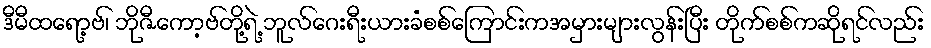
ဒီမီထရော့ဗ်၊ ဘိုဇီကော့ဗ်တို့ရဲ့ ဘူလ်ဂေးရီးယားခံစစ်ကြောင်းကအမှားများလွန်းပြီး တိုက်စစ်ကဆိုရင်လည်း